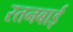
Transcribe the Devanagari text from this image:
रतनबाई